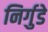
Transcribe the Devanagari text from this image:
निर्गुडे